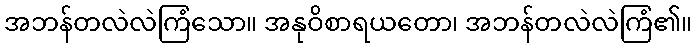
အဘန်တလဲလဲကြံသော။ အနုဝိစာရယတော၊ အဘန်တလဲလဲကြံ၏။